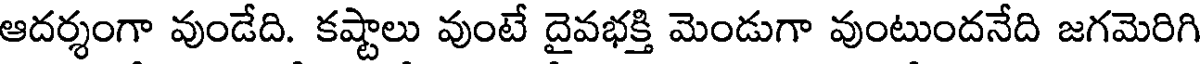
ఆదర్శంగా వుండేది. కష్టాలు వుంటే దైవభక్తి మెండుగా వుంటుందనేది జగమెరిగి